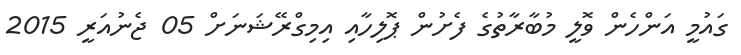
ގައުމީ އަންހެން ވޮލީ މުބާރާތުގެ ފެށުން ޕޮލިހާއި އިމިގްރޭޝަނަށް 05 ޖެނުއަރީ 2015